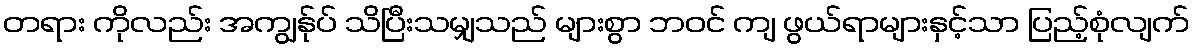
တရား ကိုလည်း အကျွန်ုပ် သိပြီးသမျှသည် များစွာ ဘဝင် ကျ ဖွယ်ရာများနှင့်သာ ပြည့်စုံလျက်